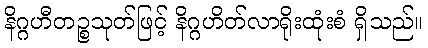
နိဂ္ဂဟီတဉ္စသုတ်ဖြင့် နိဂ္ဂဟိတ်လာရိုးထုံးစံ ရှိသည်။